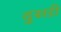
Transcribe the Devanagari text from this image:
दुसऱी